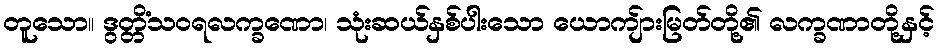
တူသော။ ဒွတ္တိံသဝရလက္ခဏော၊ သုံးဆယ်နှစ်ပါးသော ယောကျ်ားမြတ်တို့၏ လက္ခဏာတို့နှင့်